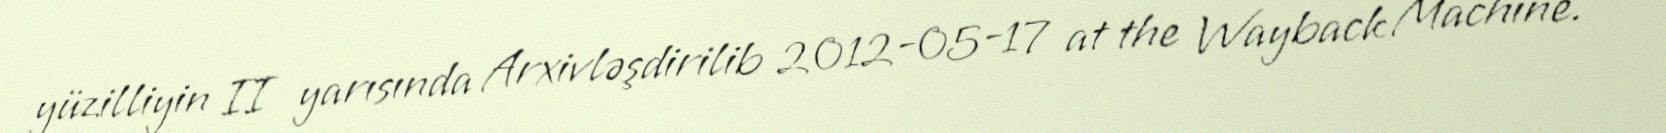
yüzilliyin II yarısında Arxivləşdirilib 2012-05-17 at the Wayback Machine.